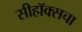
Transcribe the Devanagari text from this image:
सीहॉक्सचा